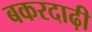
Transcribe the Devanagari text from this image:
बकरदाढ़ी